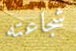
شجاعته